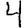
Digit: 4